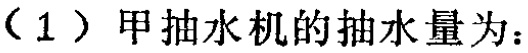
（1）甲抽水机的抽水量为：